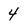
Character: 4